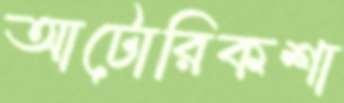
আটোরিকশা